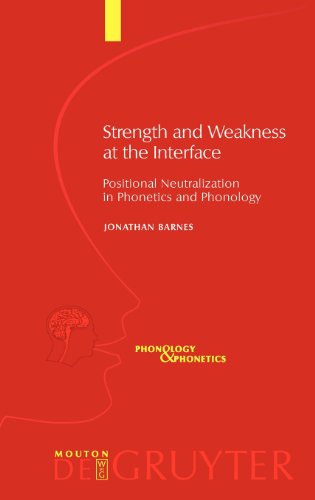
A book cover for Strength And Weakness at the Interface: Positional Neutralization in Phonetics And (Phonology and Phonetics); Jonathan Barnes; Reference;